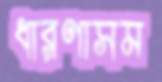
ধারণাসম